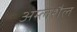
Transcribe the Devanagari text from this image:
अम्लशैल